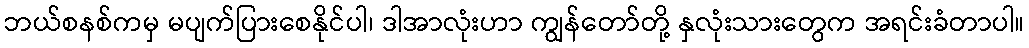
ဘယ်စနစ်ကမှ မပျက်ပြားစေနိုင်ပါ၊ ဒါအာလုံးဟာ ကျွန်တော်တို့ နှလုံးသားတွေက အရင်းခံတာပါ။